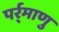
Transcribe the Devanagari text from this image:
पर्र्माणु